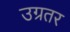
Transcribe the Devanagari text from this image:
उग्रतर